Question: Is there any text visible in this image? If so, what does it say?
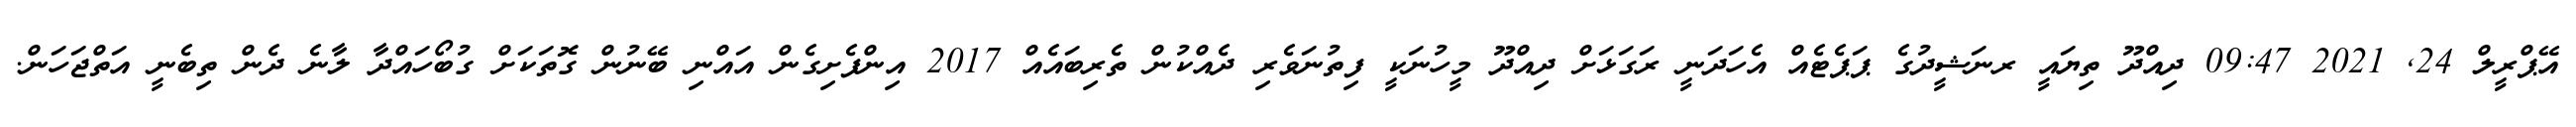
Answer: އޭޕްރީލް 24, 2021 09:47 ދިއްދޫ ތިޔައީ ރނަޝީދުގެ ޕަޕެޓެއް އެހަދަނީ ރަގަޅަށް ދިއްދޫ މީހުނަކީ ފިތުނަވެރި ދެއްކުން ތެރިބައެއް 2017 އިންފެށިގެން އައްނި ބޭނުން ގޮތަކަށް ގުބޯހައްދާ ލާނެ ދެން ތިބެނީ އަތްޖަހަން.